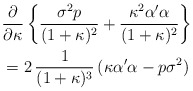
\begin{align*}& \frac{\partial}{\partial \kappa} \left\{\frac{\sigma^2p}{(1+\kappa)^2}+\frac{\kappa^2 \alpha'\alpha}{(1+\kappa)^2}\right\} \\&= 2 \, \frac{1}{(1+\kappa)^3}\, (\kappa\alpha'\alpha - p\sigma^2)\end{align*}